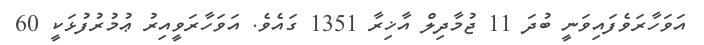
އަވަހާރަވެފައިވަނީ ބުދަ 11 ޖުމާދިލް އާޚިރާ 1351 ގައެވެ. އަވަހާރަވީއިރު ޢުމުރުފުޅަކީ 60